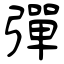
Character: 彈